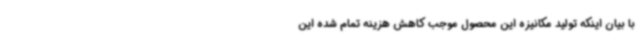
با بیان اینکه تولید مکانیزه این محصول موجب کاهش هزینه تمام شده این